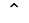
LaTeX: \hat{\quad}